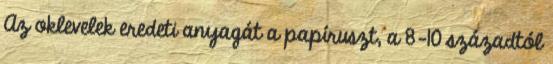
Az oklevelek eredeti anyagát a papíruszt, a 8-10 századtól